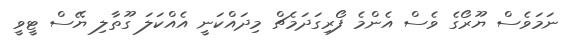
ނަމަވެސް ޔޫރޯގެ ވެސް އެންމެ ފޯރިގަދަމެޗް މިދައްކަނީ އެއްކަލަ ގޫތާލި ޔޭސް ޓީވީ